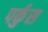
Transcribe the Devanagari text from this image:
पर्कुस